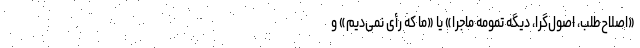
«اصلاح‌طلب، اصول‌گرا، دیگه تمومه ماجرا» یا «‌ما که رأی نمی‌دیم» و